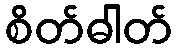
စိတ်ဓါတ်